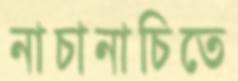
নাচানাচিতে